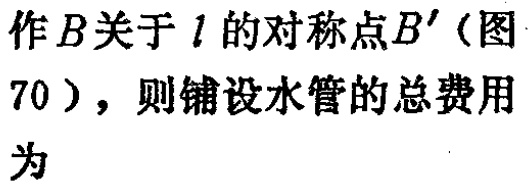
作\(B\)关于\(l\)的对称点\(B'\)（图70），则铺设水管的总费用为